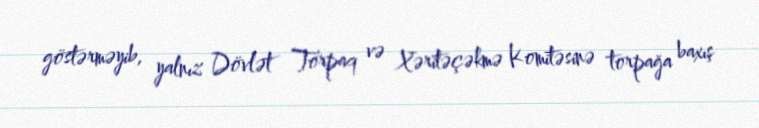
göstərməyib, yalnız Dövlət Torpaq və Xəritəçəkmə Komitəsinə torpağa baxış